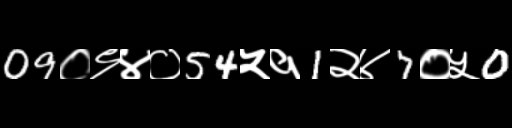
Text: 09०९४०54५१1२४7०५0